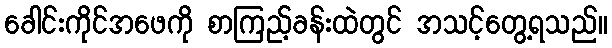
ခေါင်းကိုင်အဖေကို စာကြည့်ခန်းထဲတွင် အသင့်တွေ့ရသည်။